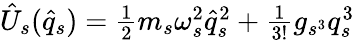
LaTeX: \begin{array}{r}{\hat{U}_{s}(\hat{q}_{s})=\frac{1}{2}m_{s}\omega_{s}^{2}\hat{q}_{s}^{2}+\frac{1}{3!}g_{s^{3}}q_{s}^{3}}\end{array}